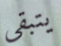
يتبقى